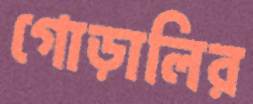
গোড়ালির